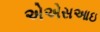
એએસઆઇ